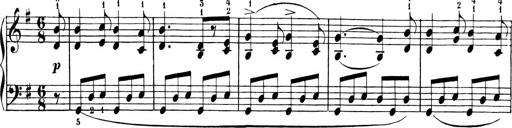
Title: 6 Liedersonatinen
Composer: Carl Reinecke